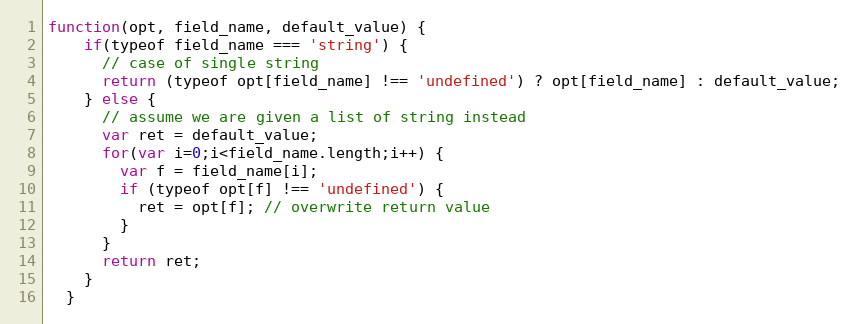
Language: JavaScript
function(opt, field_name, default_value) {
    if(typeof field_name === 'string') {
      // case of single string
      return (typeof opt[field_name] !== 'undefined') ? opt[field_name] : default_value;
    } else {
      // assume we are given a list of string instead
      var ret = default_value;
      for(var i=0;i<field_name.length;i++) {
        var f = field_name[i];
        if (typeof opt[f] !== 'undefined') {
          ret = opt[f]; // overwrite return value
        }
      }
      return ret;
    }
  }